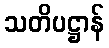
သတိပဋ္ဌာန်